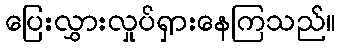
ပြေးလွှားလှုပ်ရှားနေကြသည်။